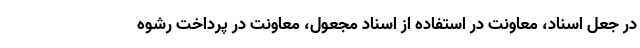
در جعل اسناد، معاونت در استفاده از اسناد مجعول، معاونت در پرداخت رشوه